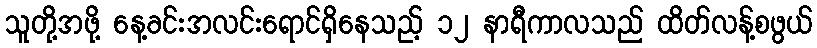
သူတို့အဖို့ နေ့ခင်းအလင်းရောင်ရှိနေသည့် ၁၂ နာရီကာလသည် ထိတ်လန့်စဖွယ်